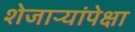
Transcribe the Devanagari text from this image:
शेजाऱ्यांपेक्षा